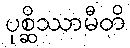
ပုစ္ဆိဿာမီတိ